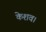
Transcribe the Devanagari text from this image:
केशव।